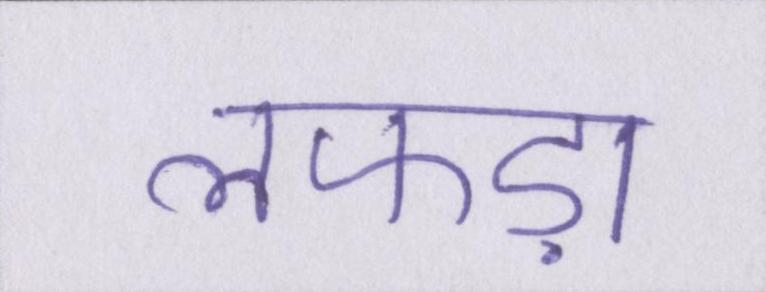
लफड़ा